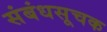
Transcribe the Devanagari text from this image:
संबंधसूचक